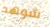
شوهد